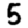
Digit: 5